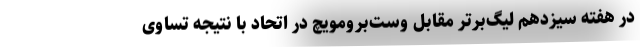
در هفته سیزدهم لیگ‌برتر مقابل وست‌برومویچ در اتحاد با نتیجه تساوی